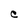
Character: C